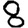
Digit: 8